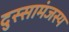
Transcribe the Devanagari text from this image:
दुस्सामंजस्य